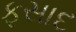
ફસાદ